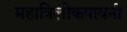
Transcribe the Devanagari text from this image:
महात्रिलोकपावनी